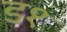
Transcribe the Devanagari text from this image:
ड१